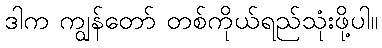
ဒါက ကျွန်တော် တစ်ကိုယ်ရည်သုံးဖို့ပါ။